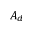
A _ { d }